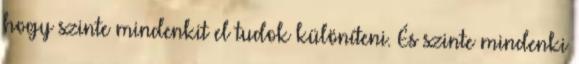
hogy szinte mindenkit el tudok különíteni. És szinte mindenki